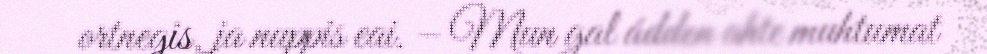
ortnegis, ja nuppis eai. – Mun gal ádden ahte muhtumat